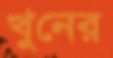
খুনের